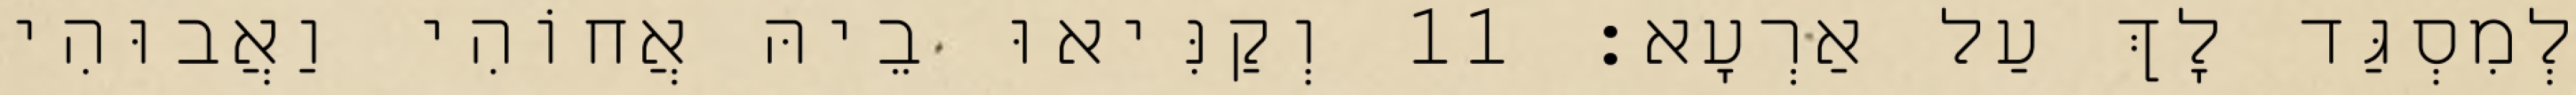
לְמִסְגַּד לָךְ עַל אַרְעָא׃ 11 וְקַנִּיאוּ בֵיהּ אֲחוֹהִי וַאֲבוּהִי